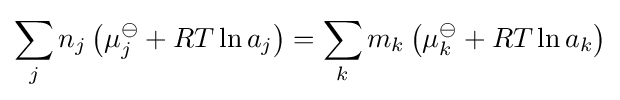
\sum _{j}n_{j}\left(\mu _{j}^{\ominus }+RT\ln a_{j}\right)=\sum _{k}m_{k}\left(\mu _{k}^{\ominus }+RT\ln a_{k}\right)